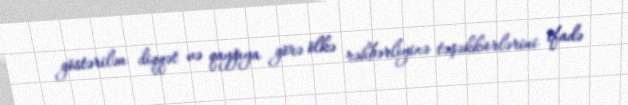
göstərilən diqqət və qayğıya görə ölkə rəhbərliyinə təşəkkürlərini ifadə